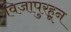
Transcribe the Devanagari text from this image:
विजापुरहून